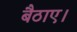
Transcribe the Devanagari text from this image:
बैठाए।